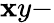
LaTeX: \mathbf{x}y-